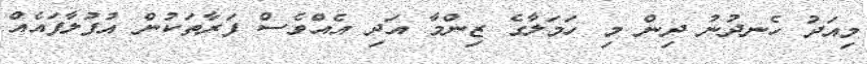
މިއަދު ހެނދުނު ދިން މި ހަމަލާގެ ޒިންމާ އަދި އެއްވެސް ފަރާތަކުން އުފުލާފައެއް